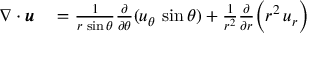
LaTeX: \begin{array} { r l } { \nabla \cdot { \boldsymbol { u } } } & { { } = { \frac { 1 } { r \, \sin \theta } } { \frac { \partial } { \partial \theta } } ( u _ { \theta } \, \sin \theta ) + { \frac { 1 } { r ^ { 2 } } } { \frac { \partial } { \partial r } } { \Bigl ( } r ^ { 2 } \, u _ { r } { \Bigr ) } } \end{array}